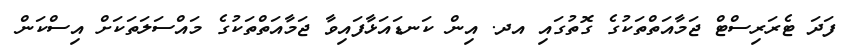
ފަދަ ޓެރަރިސްޓް ޖަމާއަތްތަކުގެ ގޮތުގައި އދ. އިން ކަނޑައަޅާފައިވާ ޖަމާއަތްތަކުގެ މައްސަލަތަކަށް އިސްކަން